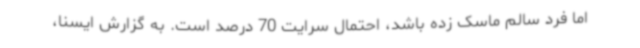
اما فرد سالم ماسک زده باشد، احتمال سرایت 70 درصد است. به گزارش ایسنا،